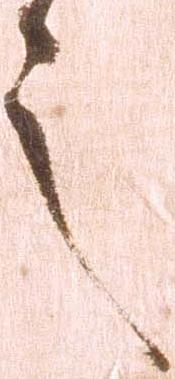
之